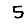
Digit: 5